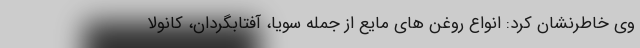
وی خاطرنشان کرد: انواع روغن های مایع از جمله سویا، آفتابگردان، کانولا